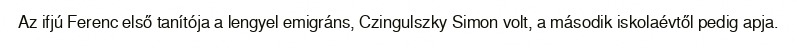
Az ifjú Ferenc első tanítója a lengyel emigráns, Czingulszky Simon volt, a második iskolaévtől pedig apja.